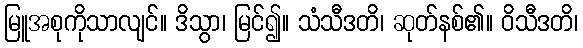
မြူအစုကိုသာလျင်။ ဒိသွာ၊ မြင်၍။ သံသီဒတိ၊ ဆုတ်နစ်၏။ ဝိသီဒတိ၊